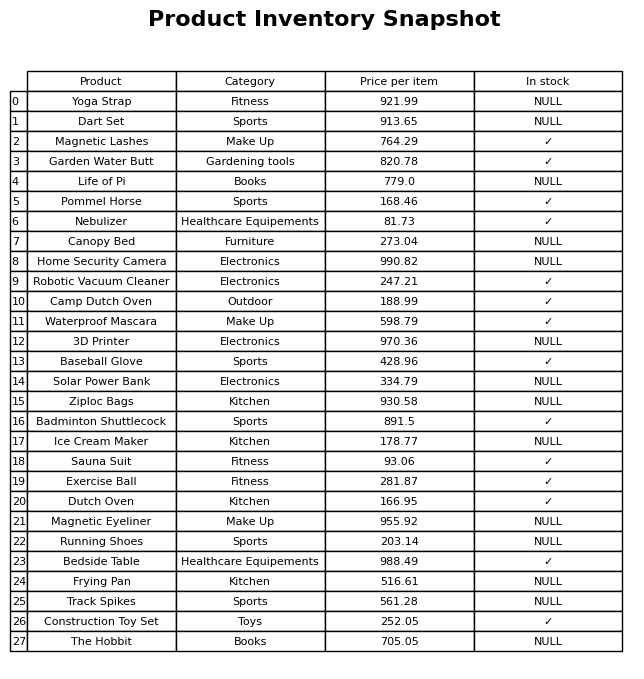
question: What is the stock status of the Ice Cream Maker?
answer: NULL